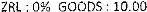
ZRL : 0% GOODS : 10.00